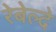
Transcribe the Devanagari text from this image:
रेबेल्दे